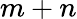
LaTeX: m+n